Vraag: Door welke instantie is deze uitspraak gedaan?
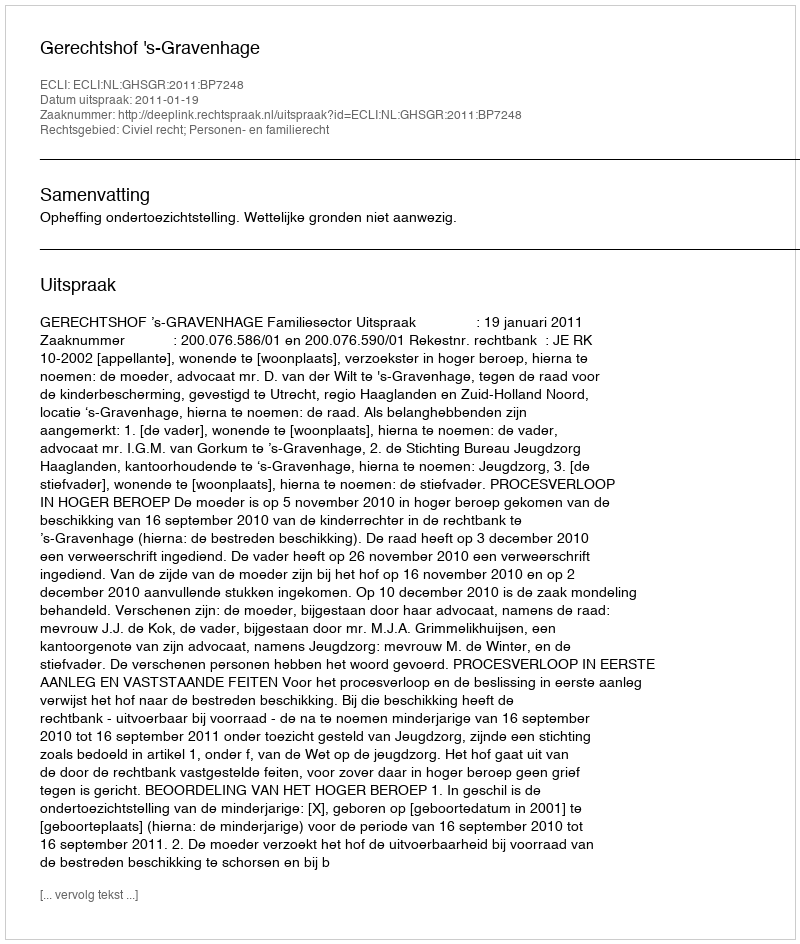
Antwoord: Gerechtshof 's-Gravenhage